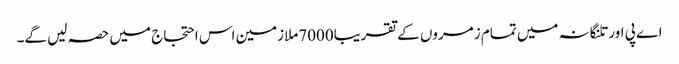
اے پی اور تلنگانہ میں تمام زمروں کے تقریبا7000ملازمین اس احتجاج میں حصہ لیں گے۔